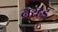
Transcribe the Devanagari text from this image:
नरहड